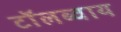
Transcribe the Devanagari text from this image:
टाॅलब्वाय